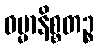
ဓမ္မာနိစ္စတဉ္စ